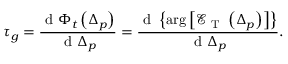
\tau _ { g } = \frac { \mathrm { ~ d ~ } \Phi _ { t } \left( \Delta _ { p } \right) } { \mathrm { ~ d ~ } \Delta _ { p } } = \frac { \mathrm { ~ d ~ } \left\{ \arg \left[ \mathcal { E } _ { \mathrm { ~ T ~ } } \left( \Delta _ { p } \right) \right] \right\} } { \mathrm { ~ d ~ } \Delta _ { p } } .